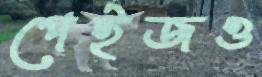
পেইজও